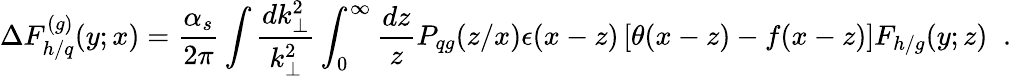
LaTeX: \Delta{F}_{h/q}^{(g)}(y;x)=\frac{\alpha_{s}}{2\pi}\int\frac{dk_{\perp}^{2}}{k_{\perp}^{2}}\int_{0}^{\infty}\frac{dz}{z}P_{qg}(z/x)\epsilon(x-z)\left\lbrack\theta(x-z)-f(x-z)\right\rbrack{F}_{h/g}(y;z)\; \; .